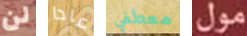
لن عادا معطفي مول